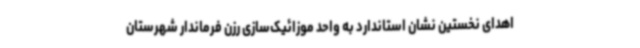
اهدای نخستین نشان استاندارد به واحد موزائیک‌سازی رزن فرماندار شهرستان